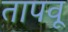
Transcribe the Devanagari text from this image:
तापवू